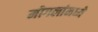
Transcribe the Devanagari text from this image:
मोगलांमध्ये